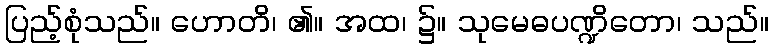
ပြည့်စုံသည်။ ဟောတိ၊ ၏။ အထ၊ ၌။ သုမေဓပဏ္ဍိတော၊ သည်။